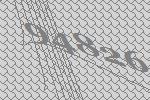
94826